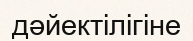
дәйектілігіне